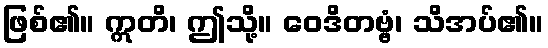
ဖြစ်၏။ ဣတိ၊ ဤသို့။ ဝေဒိတဗ္ဗံ၊ သိအပ်၏။